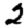
Digit: 2